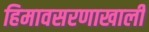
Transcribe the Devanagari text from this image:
हिमावसरणाखाली